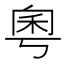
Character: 𫀫